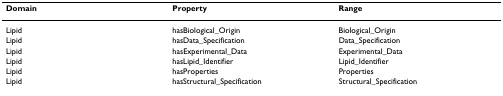
| Domain | Property | Range |
 | --- | --- | --- |
 | Lipid | hasBiological_Origin | Biological_Origin |
 | Lipid | hasData_Specification | Data_Specification |
 | Lipid | hasExperimental_Data | Experimental_Data |
 | Lipid | hasLipid_Identifier | Lipid_Identifier |
 | Lipid | hasProperties | Properties |
 | Lipid | hasStructural_Specification | Structural_Specification |